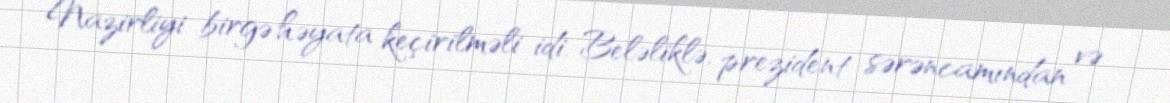
Nazirliyi birgə həyata keçirilməli idi. Beləliklə, prezident sərəncamından və